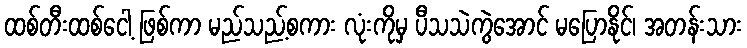
ထစ်တီးထစ်ငေါ့ ဖြစ်ကာ မည်သည့်စကား လုံးကိုမှ ပီသသဲကွဲအောင် မပြောနိုင်၊ အတန်းသား